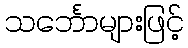
သင်္ဘောများဖြင့်